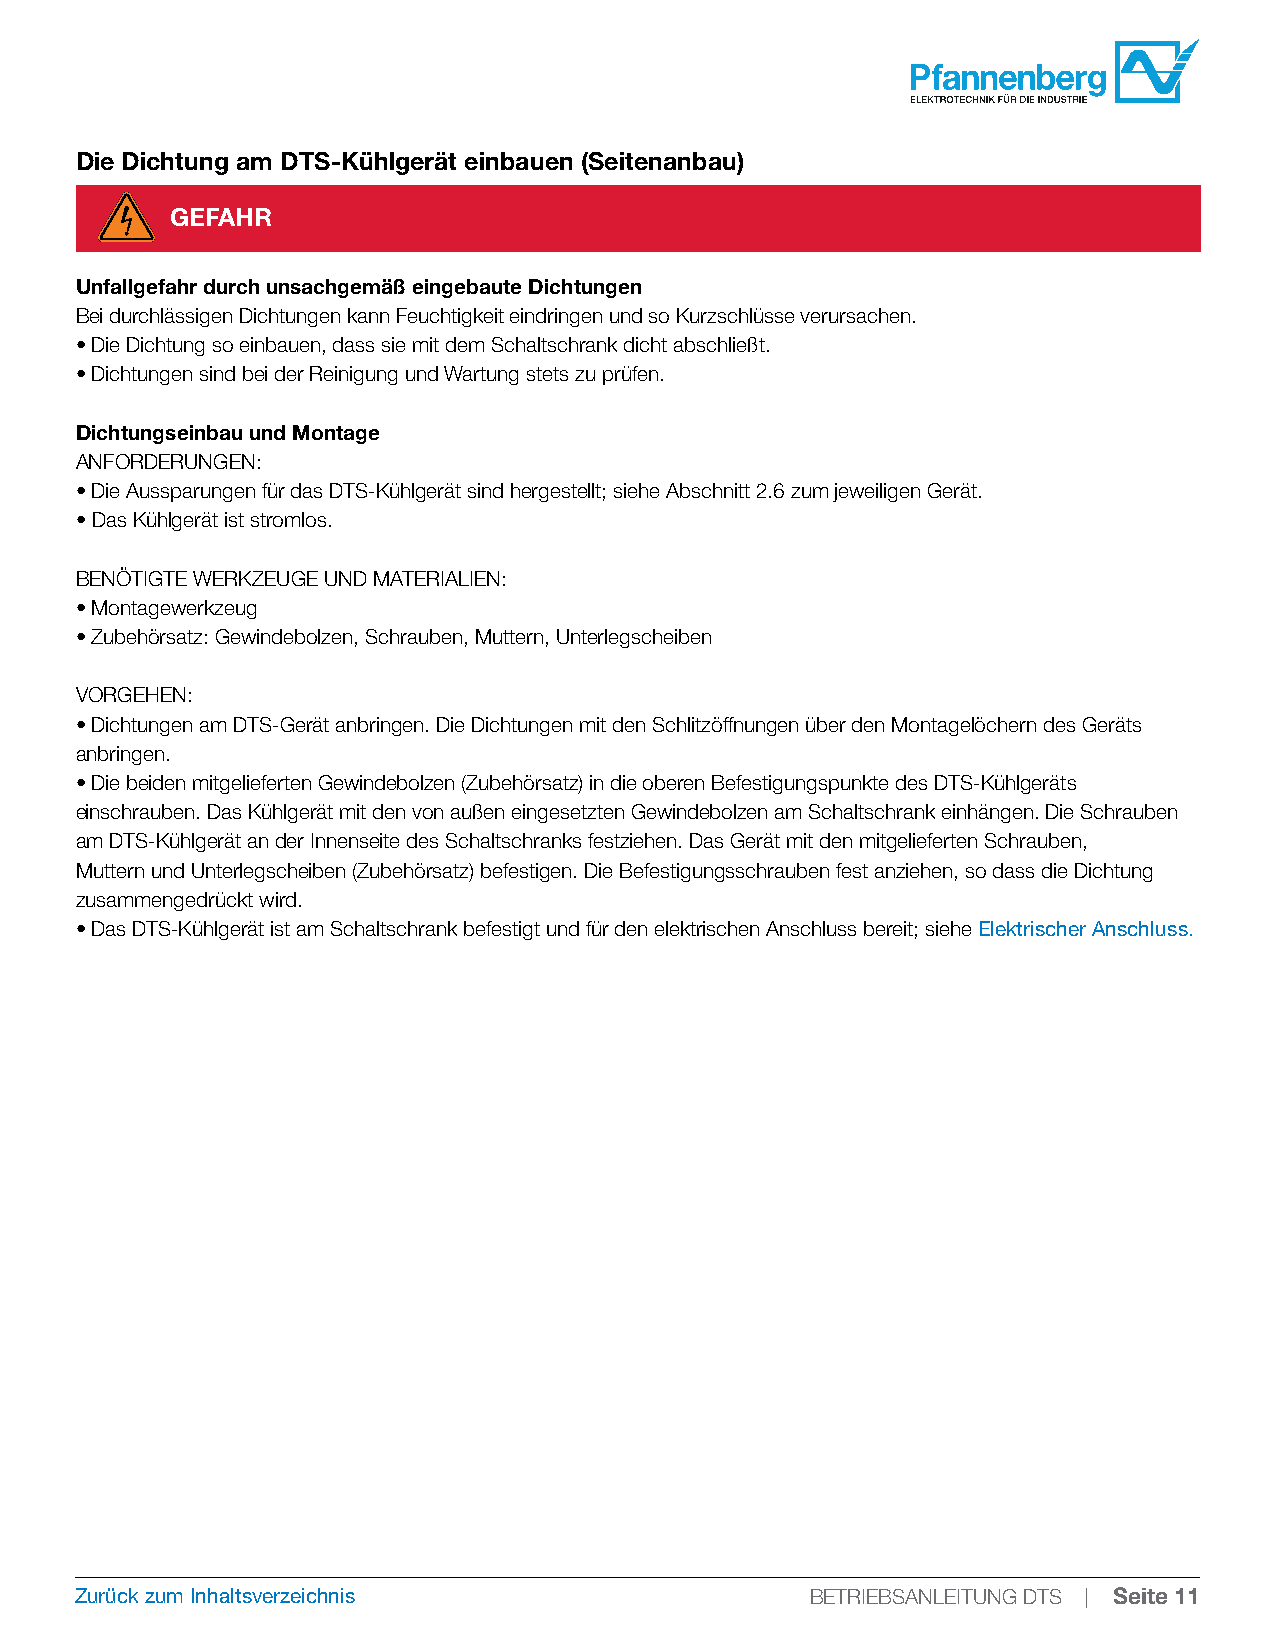
Die Dichtung am DTS-Kühlgerät einbauen (Seitenanbau)
 GEFAHR
 Unfallgefahr durch unsachgemäß eingebaute Dichtungen
 Bei durchlässigen Dichtungen kann Feuchtigkeit eindringen und so Kurzschlüsse verursachen.
 • Die Dichtung so einbauen, dass sie mit dem Schaltschrank dicht abschließt.
 • Dichtungen sind bei der Reinigung und Wartung stets zu prüfen.
 Dichtungseinbau und Montage
 ANFORDERUNGEN:
 • Die Aussparungen für das DTS-Kühlgerät sind hergestellt; siehe Abschnitt 2.6 zum jeweiligen Gerät.
 • Das Kühlgerät ist stromlos.
 BENÖTIGTE WERKZEUGE UND MATERIALIEN:
 • Montagewerkzeug
 • Zubehörsatz: Gewindebolzen, Schrauben, Muttern, Unterlegscheiben
 VORGEHEN:
 • Dichtungen am DTS-Gerät anbringen. Die Dichtungen mit den Schlitzöffnungen über den Montagelöchern des Geräts
 anbringen.
 • Die beiden mitgelieferten Gewindebolzen (Zubehörsatz) in die oberen Befestigungspunkte des DTS-Kühlgeräts
 einschrauben. Das Kühlgerät mit den von außen eingesetzten Gewindebolzen am Schaltschrank einhängen. Die Schrauben
 am DTS-Kühlgerät an der Innenseite des Schaltschranks festziehen. Das Gerät mit den mitgelieferten Schrauben,
 Muttern und Unterlegscheiben (Zubehörsatz) befestigen. Die Befestigungsschrauben fest anziehen, so dass die Dichtung
 zusammengedrückt wird.
 • Das DTS-Kühlgerät ist am Schaltschrank befestigt und für den elektrischen Anschluss bereit; siehe Elektrischer Anschluss.
 Zurück zum Inhaltsverzeichnis                    BETRIEBSANLEITUNG DTS | Seite 11